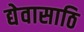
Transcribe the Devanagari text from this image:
द्येवासाठि